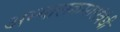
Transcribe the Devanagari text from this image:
अभ्यासक्रमासंबंधी